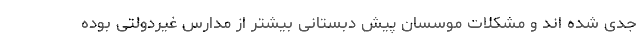
جدی شده اند و مشکلات موسسان پیش دبستانی بیشتر از مدارس غیردولتی بوده